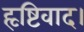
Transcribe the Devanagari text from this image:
हृष्टिवाद।